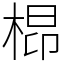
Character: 㭿